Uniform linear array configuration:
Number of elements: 32
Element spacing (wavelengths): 0.5
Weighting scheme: binomial
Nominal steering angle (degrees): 0
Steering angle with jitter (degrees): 1.769
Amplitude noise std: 0.05
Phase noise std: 0.05

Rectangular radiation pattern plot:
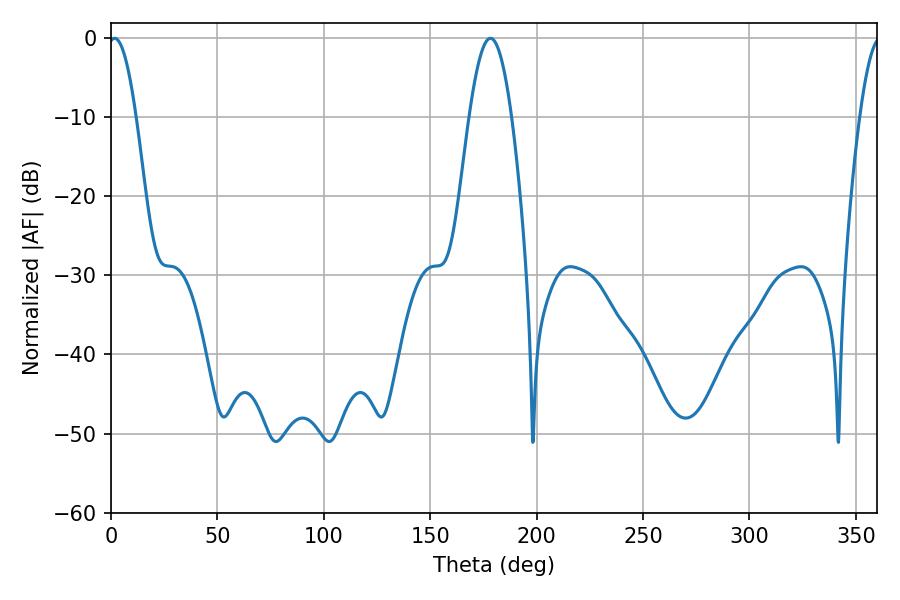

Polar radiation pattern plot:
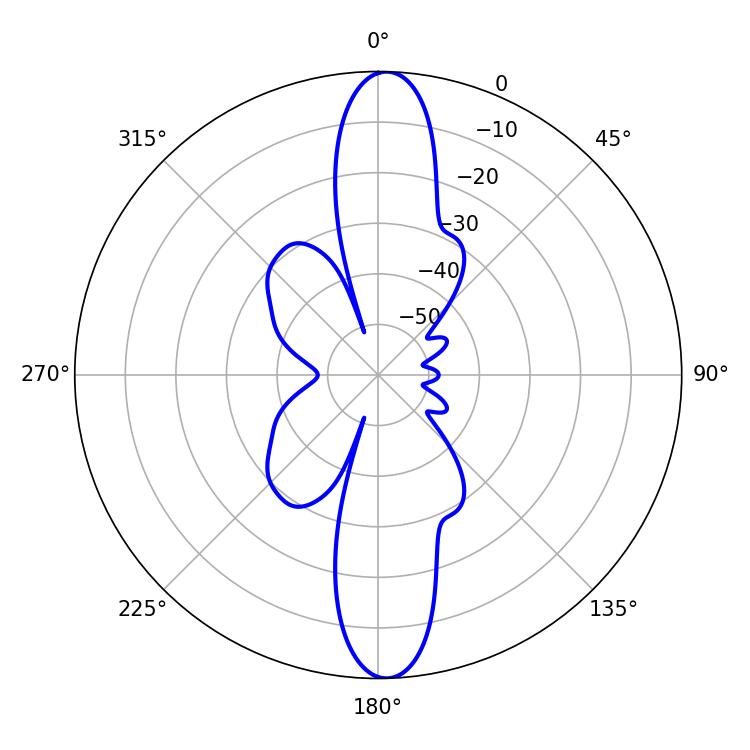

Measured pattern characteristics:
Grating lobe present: FALSE
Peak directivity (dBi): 22.098
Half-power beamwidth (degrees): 7.2
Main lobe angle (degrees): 1.62